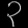
Digit: ၃